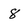
Character: 8